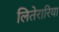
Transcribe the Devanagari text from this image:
लितेरारिया